Newspaper: Daily State sentinel. [volume]
Place of publication: Indianapolis, Ind.
Publisher: Bingham & Doughty
Date: 1865-09-08 00:00:00
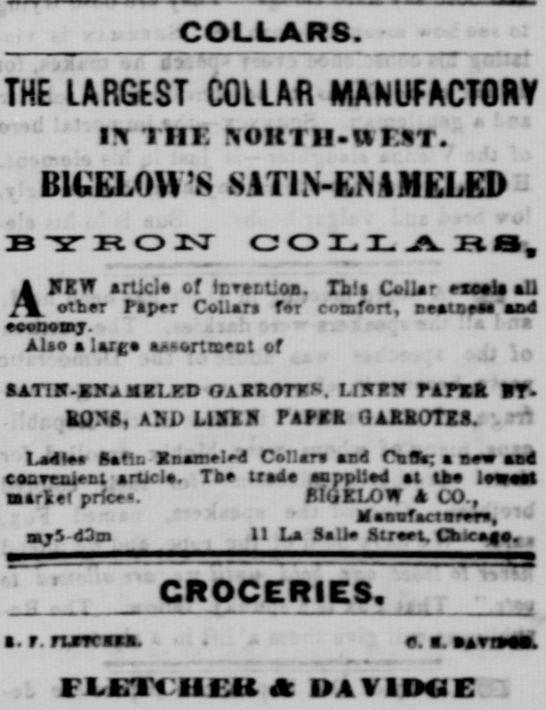
Advertisement text (OCR):
COLLARS. THE LARGEST COLLAR MANUFACTORY i Tin: .oHTii-ur.T. BIGELOU 'S S ATI N-EN 31 ELED B"3TRON COLLARO, ANEW artic! of fr.ver.tioa. Tb!i CtVar excels all ether Paper Collars fer comfort, eeatneae and eeooemy. Also a large aortn:ect cf tATIS-ENAMILKD OAEROTTK. LrNPN PAPER RT. RONS, AND L1XIX PAPCR GAREOTIS. . Ladlee Safin In aire led Coar and CuS; a new and Ceavexueat arucl. Tbe trad eopplled at the leweat market price. f IijELOW A CO., Af aeufaciaeere, ' - myS-d3m U La Sali Sirort. Cbe.e. . GROCERIES. t. r. rurrriiB. o. a. Avra. . FLirii IICU Ä DAV1DGC .
Label: text-only